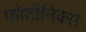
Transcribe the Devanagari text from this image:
फोटॉनिक्स